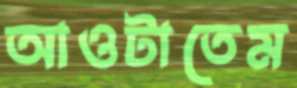
আওটাতেম